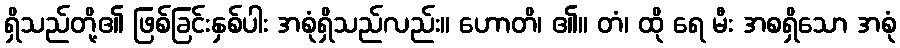
ရှိသည်တို့၏ ဖြစ်ခြင်းနှစ်ပါး အစုံရှိသည်လည်း။ ဟောတိ၊ ၏။ တံ၊ ထို ရေ မီး အစရှိသော အစုံ